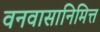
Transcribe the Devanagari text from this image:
वनवासानिमित्त